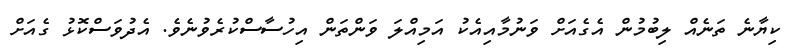
ކިޔާނެ ތަނެއް ލިބުމުން އެގެއަށް ވަނުމާއިއެކު އަމިއްލަ ވަންތަން އިހުސާސްކުރެވުނެވެ. އެދުވަސްކޮޅު ގެއަށް